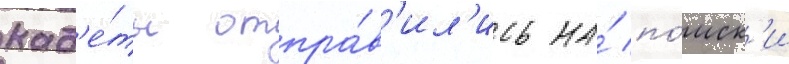
кад'е́ты отпра́в'ил'ись на́ по́иск'и